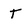
Character: T